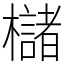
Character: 櫧